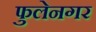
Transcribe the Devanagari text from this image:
फुलेनगर